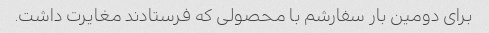
برای دومین بار سفارشم با محصولی که فرستادند مغایرت داشت.